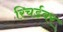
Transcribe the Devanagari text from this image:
रिचर्डवर